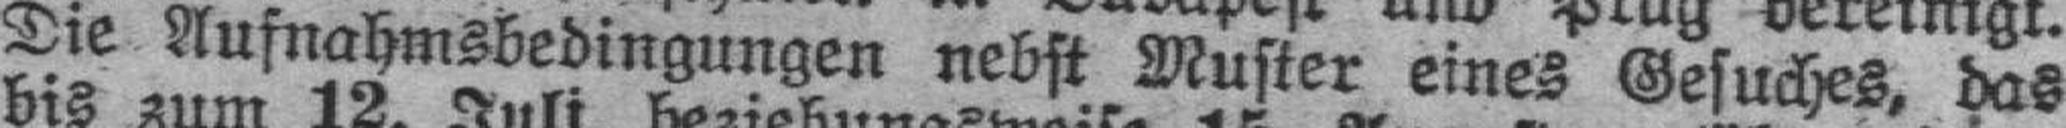
Die Aufnahmsbedingungen nebst Muster eines Gesuches, das